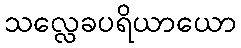
သလ္လေခပရိယာယော